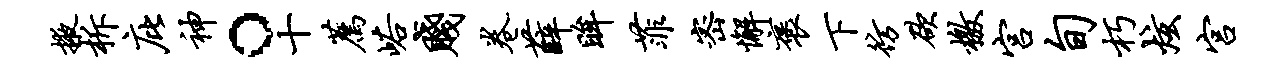
掖柝庇神。十荐峪贱卷薛眸菲密懈褒下彷欲檄宫旬朽炫宫